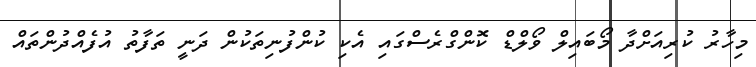
މިހާރު ކުރިއަށްދާ މޯބައިލް ވޯލްޑް ކޮންގްރެސްގައި އެކި ކުންފުނިތަކުން ދަނީ ތަފާތު އުފެއްދުންތައް